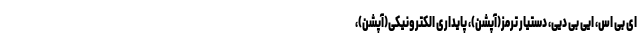
ای بی اس، ایی بی دیی، دستیار ترمز(آپشن)، پایداری الکترونیکی(آپشن)،